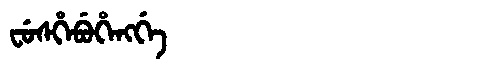
Manchu: ᠸᡠᠰᡥᡝᠪᡠᡥᡝᠩᡤᡝ
Romanization: FUSHEBUHENGGE